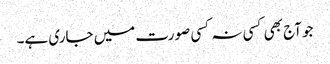
جو آج بھی کسی نہ کسی صورت میں جاری ہے۔